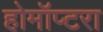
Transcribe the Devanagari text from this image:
होमॉप्टरा